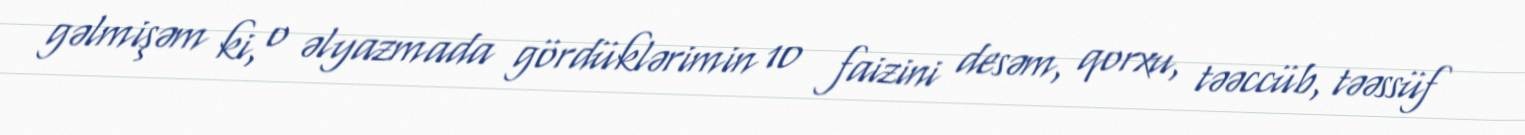
gəlmişəm ki, o əlyazmada gördüklərimin 10 faizini desəm, qorxu, təəccüb, təəssüf